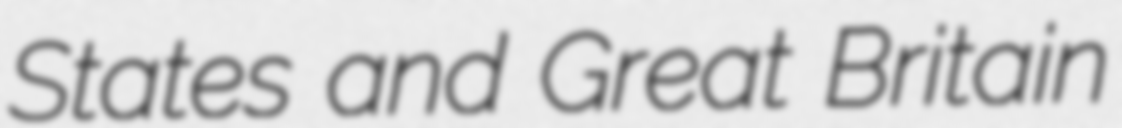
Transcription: States and Great Britain